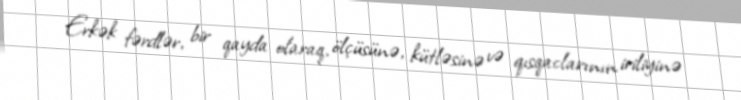
Erkək fərdlər, bir qayda olaraq, ölçüsünə, kütləsinə və qısqaclarının iriliyinə